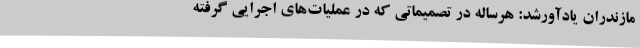
مازندران یادآورشد: هرساله در تصمیماتی که در عملیات‌های اجرایی گرفته